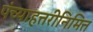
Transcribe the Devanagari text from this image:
पंच्याहत्तरीनिमित्त